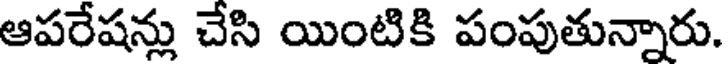
ఆపరేషన్లు చేసి యింటికి పంపుతున్నారు.